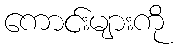
ကောင်းများကို